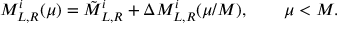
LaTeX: M _ { L , R } ^ { i } ( \mu ) = \tilde { M } _ { L , R } ^ { i } + \Delta M _ { L , R } ^ { i } ( \mu / M ) , \qquad \mu < M .